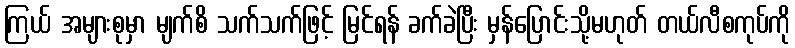
ကြယ် အများစုမှာ မျက်စိ သက်သက်ဖြင့် မြင်ရန် ခက်ခဲပြီး မှန်ပြောင်းသို့မဟုတ် တယ်လီစကုပ်ကို